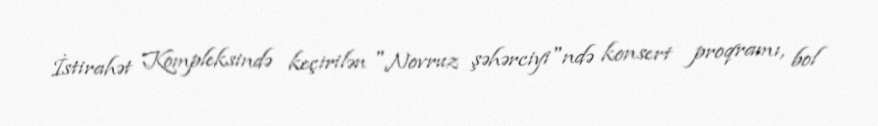
İstirahət Kompleksində keçirilən "Novruz şəhərciyi"ndə konsert proqramı, bol